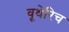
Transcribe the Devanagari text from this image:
वूथेरिच